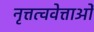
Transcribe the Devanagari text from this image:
नृत्तत्ववेत्ताओं